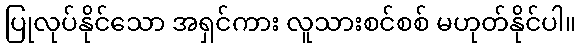
ပြုလုပ်နိုင်သော အရှင်ကား လူသားစင်စစ် မဟုတ်နိုင်ပါ။